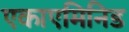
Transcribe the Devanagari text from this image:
एकाएमिनिड